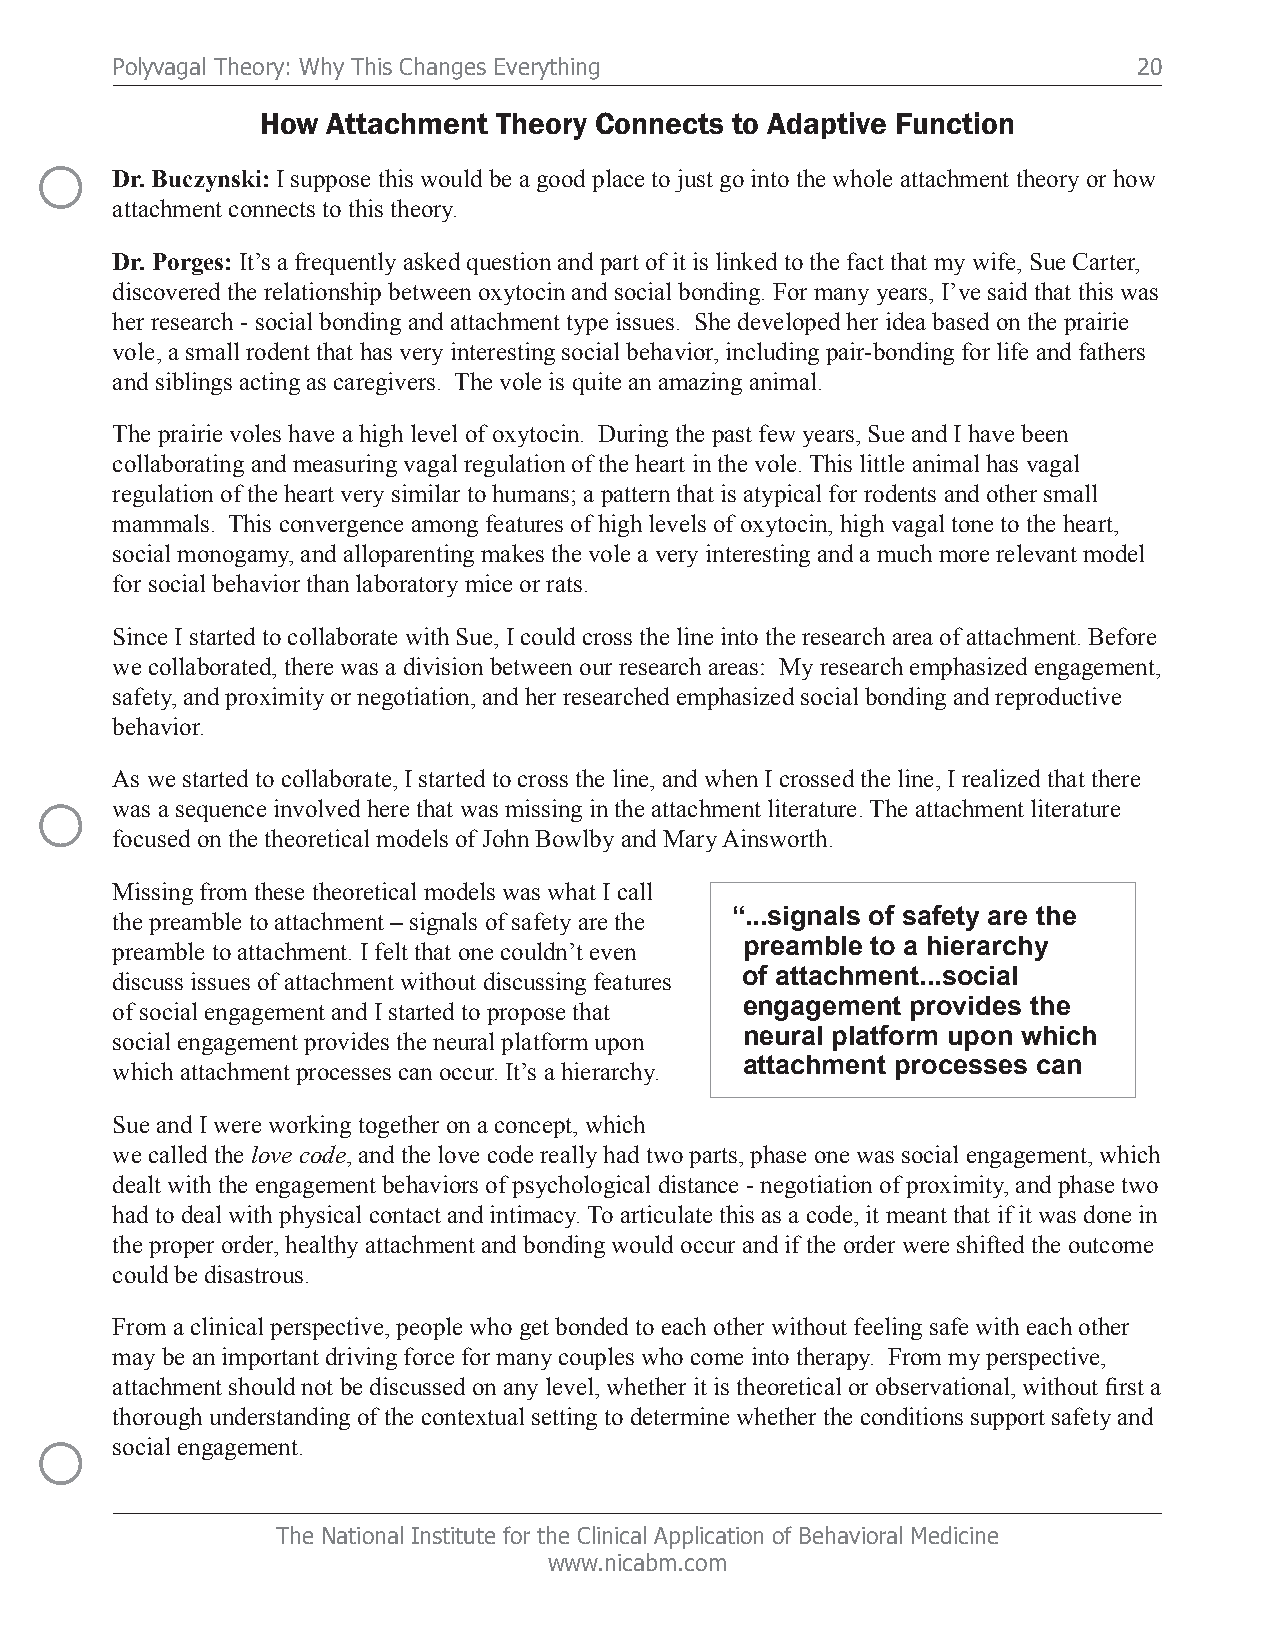
Polyvagal Theory: Why This Changes Everything                       20
 How  Attachment Theory Connects to Adaptive Function
 ○
 Dr. Buczynski: I suppose this would be a good place to just go into the whole attachment theory or how
 attachment connects to this theory.
 Dr. Porges: It’s a frequently asked question and part of it is linked to the fact that my wife, Sue Carter,
 discovered the relationship between oxytocin and social bonding. For many years, I’ve said that this was
 her research - social bonding and attachment type issues. She developed her idea based on the prairie
 vole, a small rodent that has very interesting social behavior, including pair-bonding for life and fathers
 and siblings acting as caregivers. The vole is quite an amazing animal.
 The prairie voles have a high level of oxytocin. During the past few years, Sue and I have been
 collaborating and measuring vagal regulation of the heart in the vole. This little animal has vagal
 regulation of the heart very similar to humans; a pattern that is atypical for rodents and other small
 mammals. This convergence among features of high levels of oxytocin, high vagal tone to the heart,
 social monogamy, and alloparenting makes the vole a very interesting and a much more relevant model
 for social behavior than laboratory mice or rats.
 Since I started to collaborate with Sue, I could cross the line into the research area of attachment. Before
 we collaborated, there was a division between our research areas: My research emphasized engagement,
 safety, and proximity or negotiation, and her researched emphasized social bonding and reproductive
 behavior.
 As we started to collaborate, I started to cross the line, and when I crossed the line, I realized that there
 ○
 was a sequence involved here that was missing in the attachment literature. The attachment literature
 focused on the theoretical models of John Bowlby and Mary Ainsworth.
 Missing from these theoretical models was what I call
 the preamble to attachment – signals of safety are the “...signals of safety are the
 preamble to attachment. I felt that one couldn’t even preamble to a hierarchy
 discuss issues of attachment without discussing features of attachment...social
 of social engagement and I started to propose that engagement provides the
 social engagement provides the neural platform upon neural platform upon which
 which attachment processes can occur. It’s a hierarchy. attachment processes can
 Sue and I were working together on a concept, which
 we called the love code, and the love code really had two parts, phase one was social engagement, which
 dealt with the engagement behaviors of psychological distance - negotiation of proximity, and phase two
 had to deal with physical contact and intimacy. To articulate this as a code, it meant that if it was done in
 the proper order, healthy attachment and bonding would occur and if the order were shifted the outcome
 could be disastrous.
 From a clinical perspective, people who get bonded to each other without feeling safe with each other
 may be an important driving force for many couples who come into therapy. From my perspective,
 attachment should not be discussed on any level, whether it is theoretical or observational, without first a
 thorough understanding of the contextual setting to determine whether the conditions support safety and
 ○
 social engagement.
 The National Institute for the Clinical Application of Behavioral Medicine
 www.nicabm.com